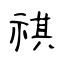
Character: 祺